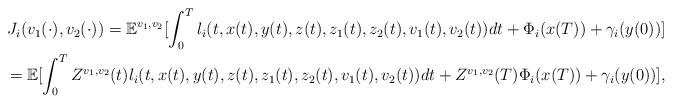
LaTeX: \begin{align*}\begin{aligned}J_i(v_1(\cdot),v_2(\cdot))=\mathbb{E}^{v_1,v_2}[\int_0^Tl_i(t,x(t),y(t),z(t),z_1(t),z_2(t),v_{1}(t),v_{2}(t))dt+\Phi_i(x(T))+\gamma_i(y(0))]\\=\mathbb{E}[\int_0^TZ^{v_1,v_2}(t)l_i(t,x(t),y(t),z(t),z_1(t),z_2(t),v_{1}(t),v_{2}(t))dt+Z^{v_1,v_2}(T)\Phi_i(x(T))+\gamma_i(y(0))],\end{aligned}\end{align*}